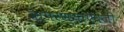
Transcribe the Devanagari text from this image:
वापरण्याऐवजी